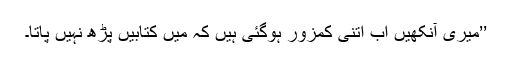
’’میری آنکھیں اب اتنی کمزور ہوگئی ہیں کہ میں کتابیں پڑھ نہیں پاتا۔